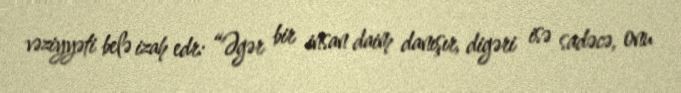
vəziyyəti belə izah edr: “Əgər bir insan daim danışır, digəri isə sadəcə, onu